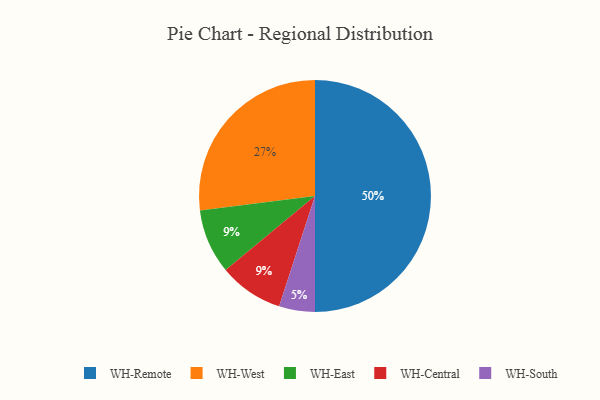
{"axis": {"x": "Category", "y": "Percentage"}, "legend": ["WH-Central", "WH-East", "WH-Remote", "WH-South", "WH-West"], "data": [{"x": "WH-East", "y": 9, "type": "WH-East"}, {"x": "WH-South", "y": 5, "type": "WH-South"}, {"x": "WH-Remote", "y": 50, "type": "WH-Remote"}, {"x": "WH-West", "y": 27, "type": "WH-West"}, {"x": "WH-Central", "y": 9, "type": "WH-Central"}]}